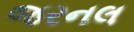
જરનલ